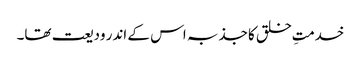
خدمتِ خلق کا جذبہ اس کے اندر ودیعت تھا۔